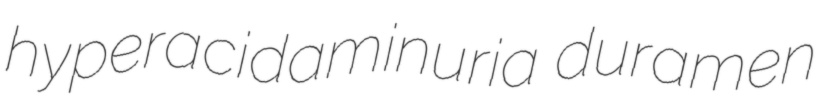
hyperacidaminuria duramen